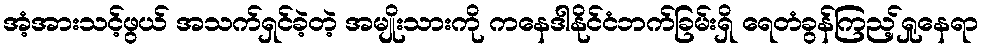
အံ့အားသင့်ဖွယ် အသက်ရှင်ခဲ့တဲ့ အမျိုးသားကို ကနေဒါနိုင်ငံဘက်ခြမ်းရှိ ရေတံခွန်ကြည့်ရှုနေရာ